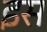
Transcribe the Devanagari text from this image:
इस